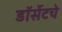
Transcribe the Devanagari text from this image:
डॉर्सेटचे